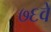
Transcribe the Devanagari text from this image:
७६वे